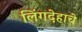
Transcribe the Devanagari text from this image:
लिंगदेहाचे